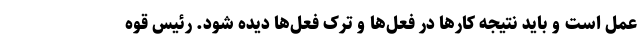
عمل است و باید نتیجه کارها در فعل‌ها و ترک فعل‌ها دیده شود. رئیس قوه